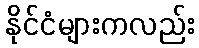
နိုင်ငံများကလည်း